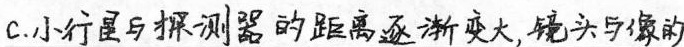
C.小行星与探测器的距离逐渐变大,镜头与像的